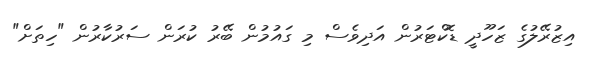
އިޒުރޭލުގެ ޒަހޫދީ ޑޮކްޓަރުން އަދިވެސް މި ގައުމުން ބޭރު ކުރަން ސަރުކާރުން "ހިތަށް"